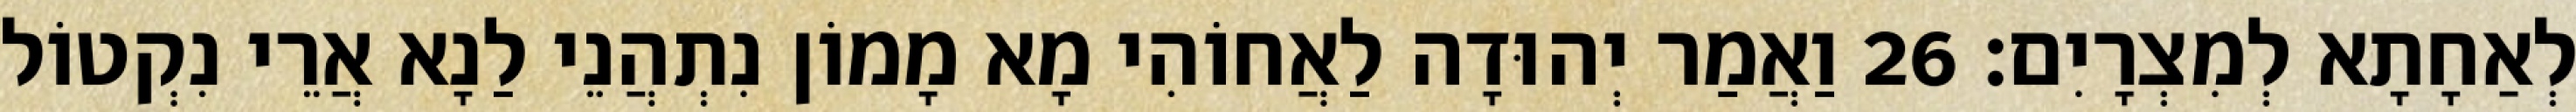
לְאַחָתָא לְמִצְרָיִם׃ 26 וַאֲמַר יְהוּדָה לַאֲחוֹהִי מָא מָמוֹן נִתְהֲנֵי לַנָא אֲרֵי נִקְטוֹל